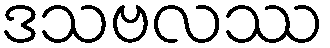
ဒသဗလဿ